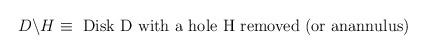
LaTeX: \begin{align*}D\backslash H \equiv \mbox{ Disk D with a hole H removed (or anannulus)}\end{align*}